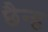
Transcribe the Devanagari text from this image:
छैन्ह